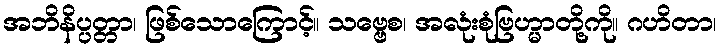
အဘိနိပ္ပတ္တာ၊ ဖြစ်သောကြောင့်။ သဗ္ဗေစ၊ အလုံးစုံဗြဟ္မာတို့ကို။ ဂဟိတာ၊